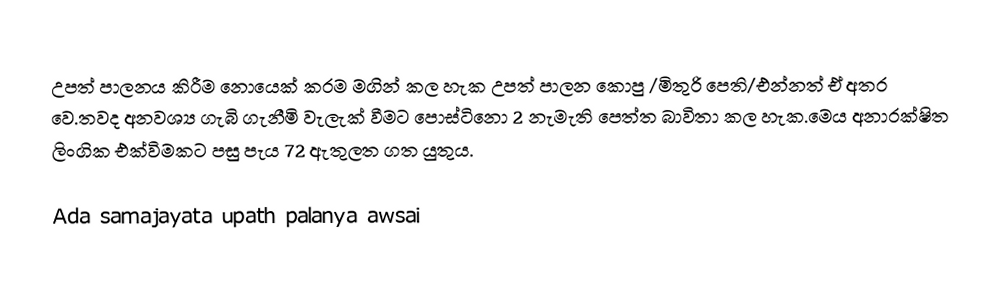
උපත් පාලනය කිරීම නොයෙක් කරම මගින් කල හැක උපත් පාලන කොපු /මිතුරි පෙති/එන්නත් ඒ අතර වෙ.තවද අනවශ්‍ය ගැබි ගැනීමි වැලැක් වීමට පොස්ටිනො 2 නැමැති පෙත්ත බාවිතා කල හැක.මෙය අනාරක්ෂිත ලිංගික එක්විමකට පසු පැය 72 ඇතුලත ගත යුතුය.

Ada samajayata upath palanya awsai